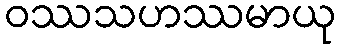
ဝဿသဟဿမာယု